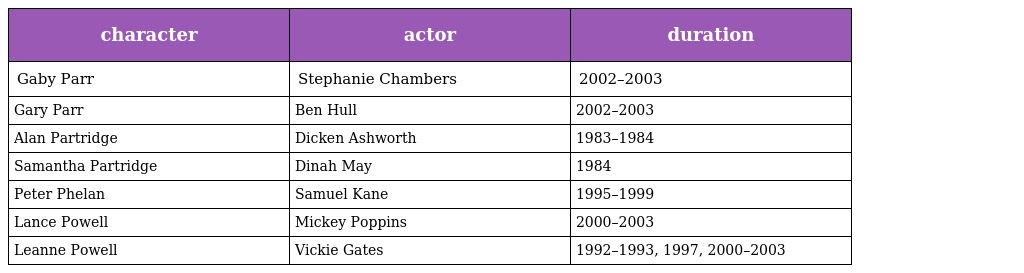
| character | actor | duration |
 | --- | --- | --- |
 | Gaby Parr | Stephanie Chambers | 2002–2003 |
 | Gary Parr | Ben Hull | 2002–2003 |
 | Alan Partridge | Dicken Ashworth | 1983–1984 |
 | Samantha Partridge | Dinah May | 1984 |
 | Peter Phelan | Samuel Kane | 1995–1999 |
 | Lance Powell | Mickey Poppins | 2000–2003 |
 | Leanne Powell | Vickie Gates | 1992–1993, 1997, 2000–2003 |